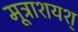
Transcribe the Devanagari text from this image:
मूत्राशयश्